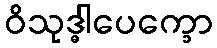
ဝိသုဒ္ဓါပေက္ခော